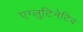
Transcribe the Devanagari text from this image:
एग्लुटिनेटिव